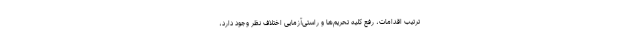
ترتیب اقدامات، رفع کلیه تحریم‌ها و راستی‌آزمایی اختلاف نظر وجود دارد،